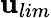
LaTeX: \mathbf{u}_{lim}